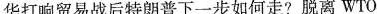
华打响贸易战后特朗普下一步如何走?脱离WTO